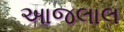
આજલાલ